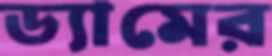
ড্যামের